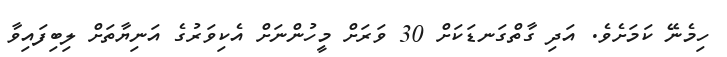
ހިމެނޭ ކަމަށެވެ. އަދި ގާތްގަނޑަކަށް 30 ވަރަށް މީހުންނަށް އެކިވަރުގެ އަނިޔާތަށް ލިބިފައިވާ